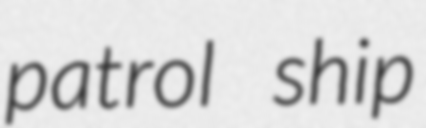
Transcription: patrol ship